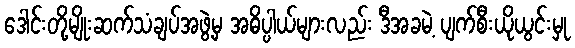
ဒေါင်းတို့မျိုးဆက်သံချပ်အဖွဲ့မှ အဓိပ္ပါယ်များလည်း ဒီအခမဲ့ ပျက်စီးယိုယွင်းမှု